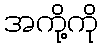
အကို့ကို